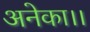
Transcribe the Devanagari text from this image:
अनेका।।